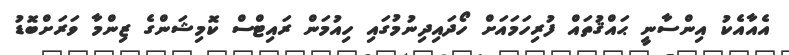
އެއާއެކު އިންސާނީ ޙައްޤުތައް ފުރިހަމައަށް ހޯދައިދިނުމުގައި ހިއުމަން ރައިޓްސް ކޮމިޝަންގެ ޒިންމާ ވަރަށްބޮޑު